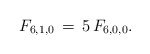
\begin{align*}F_{6,1,0} \,=\,5\,F_{6,0,0}.\end{align*}